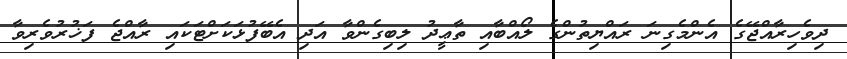
ދިވެހިރާއްޖޭގެ އެންމެގިނަ ރައްޔިތުންގެ ލޯއްބާއި ތާޢީދު ލިބިގެންވާ އަދި އެބޭފުޅަކަށްޓަކައި ރާއްޖެ ފަޚުރުވެރިވާ